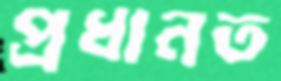
প্রধানত